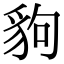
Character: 豿